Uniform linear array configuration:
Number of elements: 12
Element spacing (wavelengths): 0.25
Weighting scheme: exponential
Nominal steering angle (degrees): -60
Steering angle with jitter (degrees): -59.88
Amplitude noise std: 0.05
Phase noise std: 0.05

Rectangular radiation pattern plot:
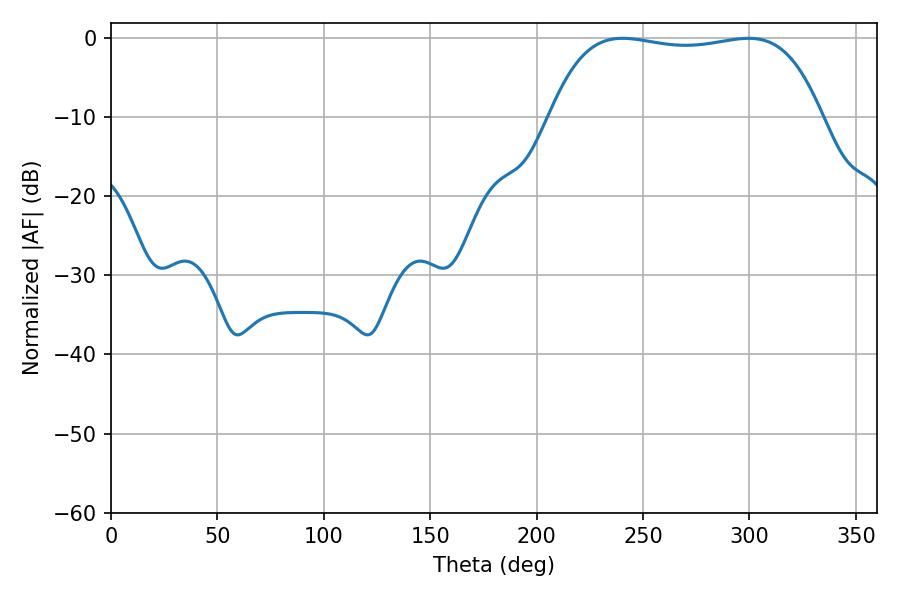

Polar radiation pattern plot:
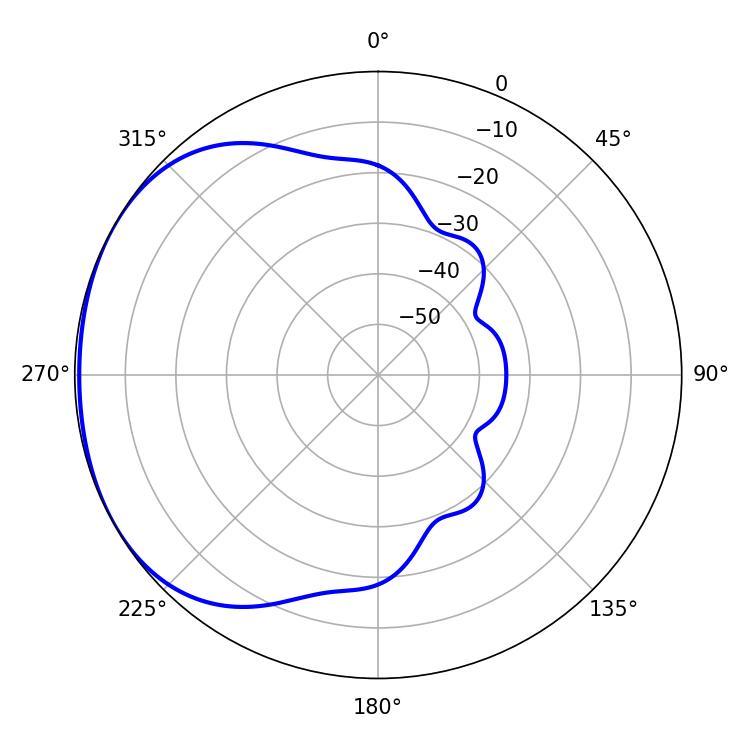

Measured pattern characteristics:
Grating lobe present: FALSE
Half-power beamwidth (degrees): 101.52
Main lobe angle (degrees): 240.48